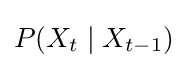
P(X_{t}\mid X_{t-1})